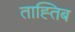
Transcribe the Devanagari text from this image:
ताह्तिब